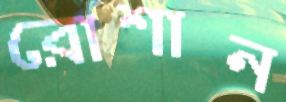
রোশান